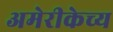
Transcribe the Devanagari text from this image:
अमेरीकेच्य